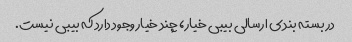
در بسته بندی ارسالی بیبی خیار، چند خیار وجود دارد که بیبی نیست.